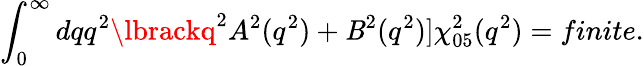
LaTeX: \int_{0}^{\infty}dqq^{2}\lbrackq^{2}A^{2}(q^{2})+\mathit{B}^{2}(q^{2})\rbrack\chi_{05}^{2}(q^{2})=finite.